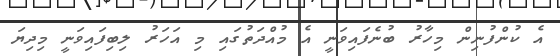
އެ ކުންފުނިން މިހާރު ބުނެފައިވަނީ އެ މުއްދަތުގައި މި އަހަރު ލިބިފައިވަނީ މިދިޔަ